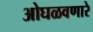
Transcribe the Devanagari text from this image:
ओघळवणारे